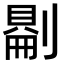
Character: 𠟔